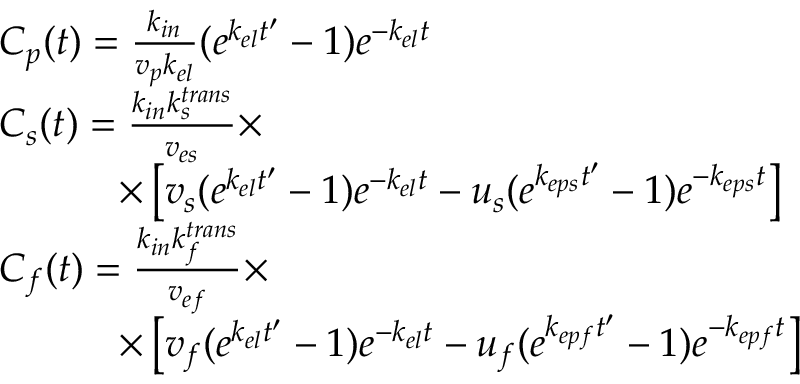
\begin{array} { r l } & { C _ { p } ( t ) = \frac { k _ { i n } } { v _ { p } k _ { e l } } ( e ^ { k _ { e l } t ^ { \prime } } - 1 ) e ^ { - k _ { e l } t } } \\ & { C _ { s } ( t ) = \frac { k _ { i n } k _ { s } ^ { t r a n s } } { v _ { e s } } \times } \\ & { \qquad \quad \times \left[ v _ { s } ( e ^ { k _ { e l } t ^ { \prime } } - 1 ) e ^ { - k _ { e l } t } - u _ { s } ( e ^ { k _ { e p s } t ^ { \prime } } - 1 ) e ^ { - k _ { e p s } t } \right] } \\ & { C _ { f } ( t ) = \frac { k _ { i n } k _ { f } ^ { t r a n s } } { v _ { e f } } \times } \\ & { \qquad \quad \times \left[ v _ { f } ( e ^ { k _ { e l } t ^ { \prime } } - 1 ) e ^ { - k _ { e l } t } - u _ { f } ( e ^ { k _ { e p f } t ^ { \prime } } - 1 ) e ^ { - k _ { e p f } t } \right] } \end{array}